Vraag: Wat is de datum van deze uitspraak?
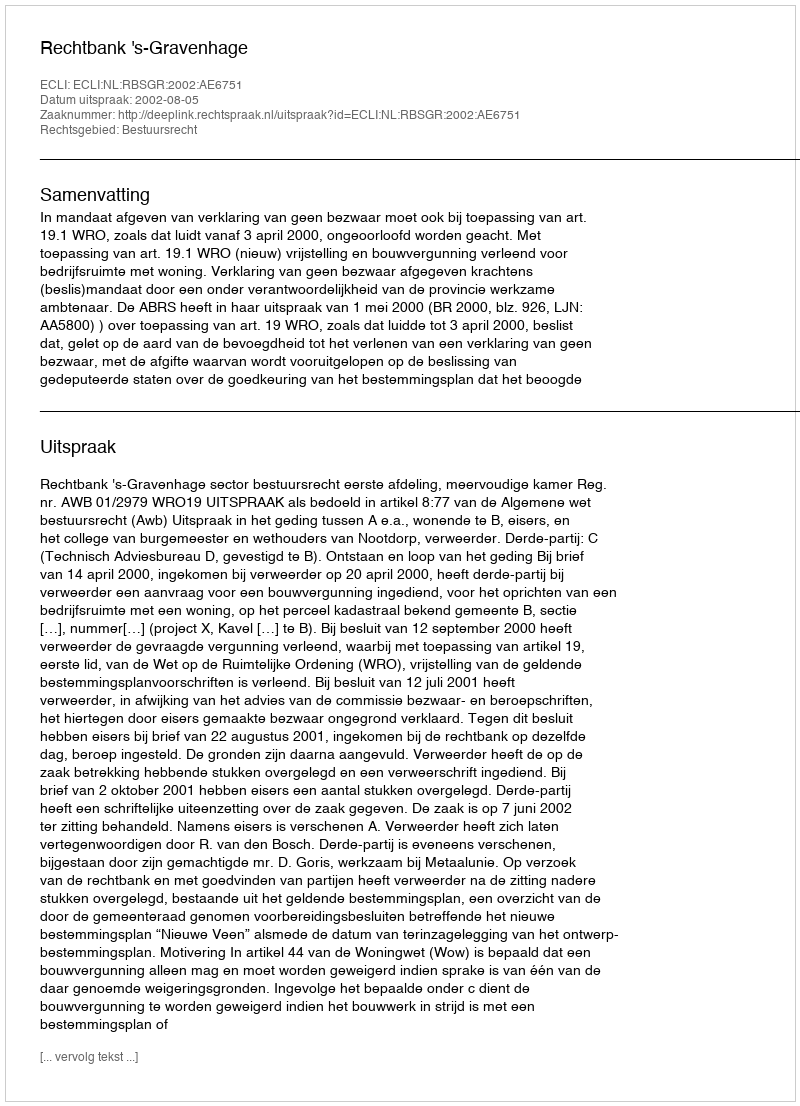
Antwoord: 2002-08-05